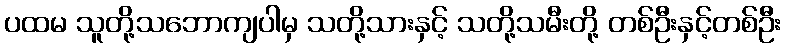
ပထမ သူတို့သဘောကျပါမှ သတို့သားနှင့် သတို့သမီးတို့ တစ်ဦးနှင့်တစ်ဦး